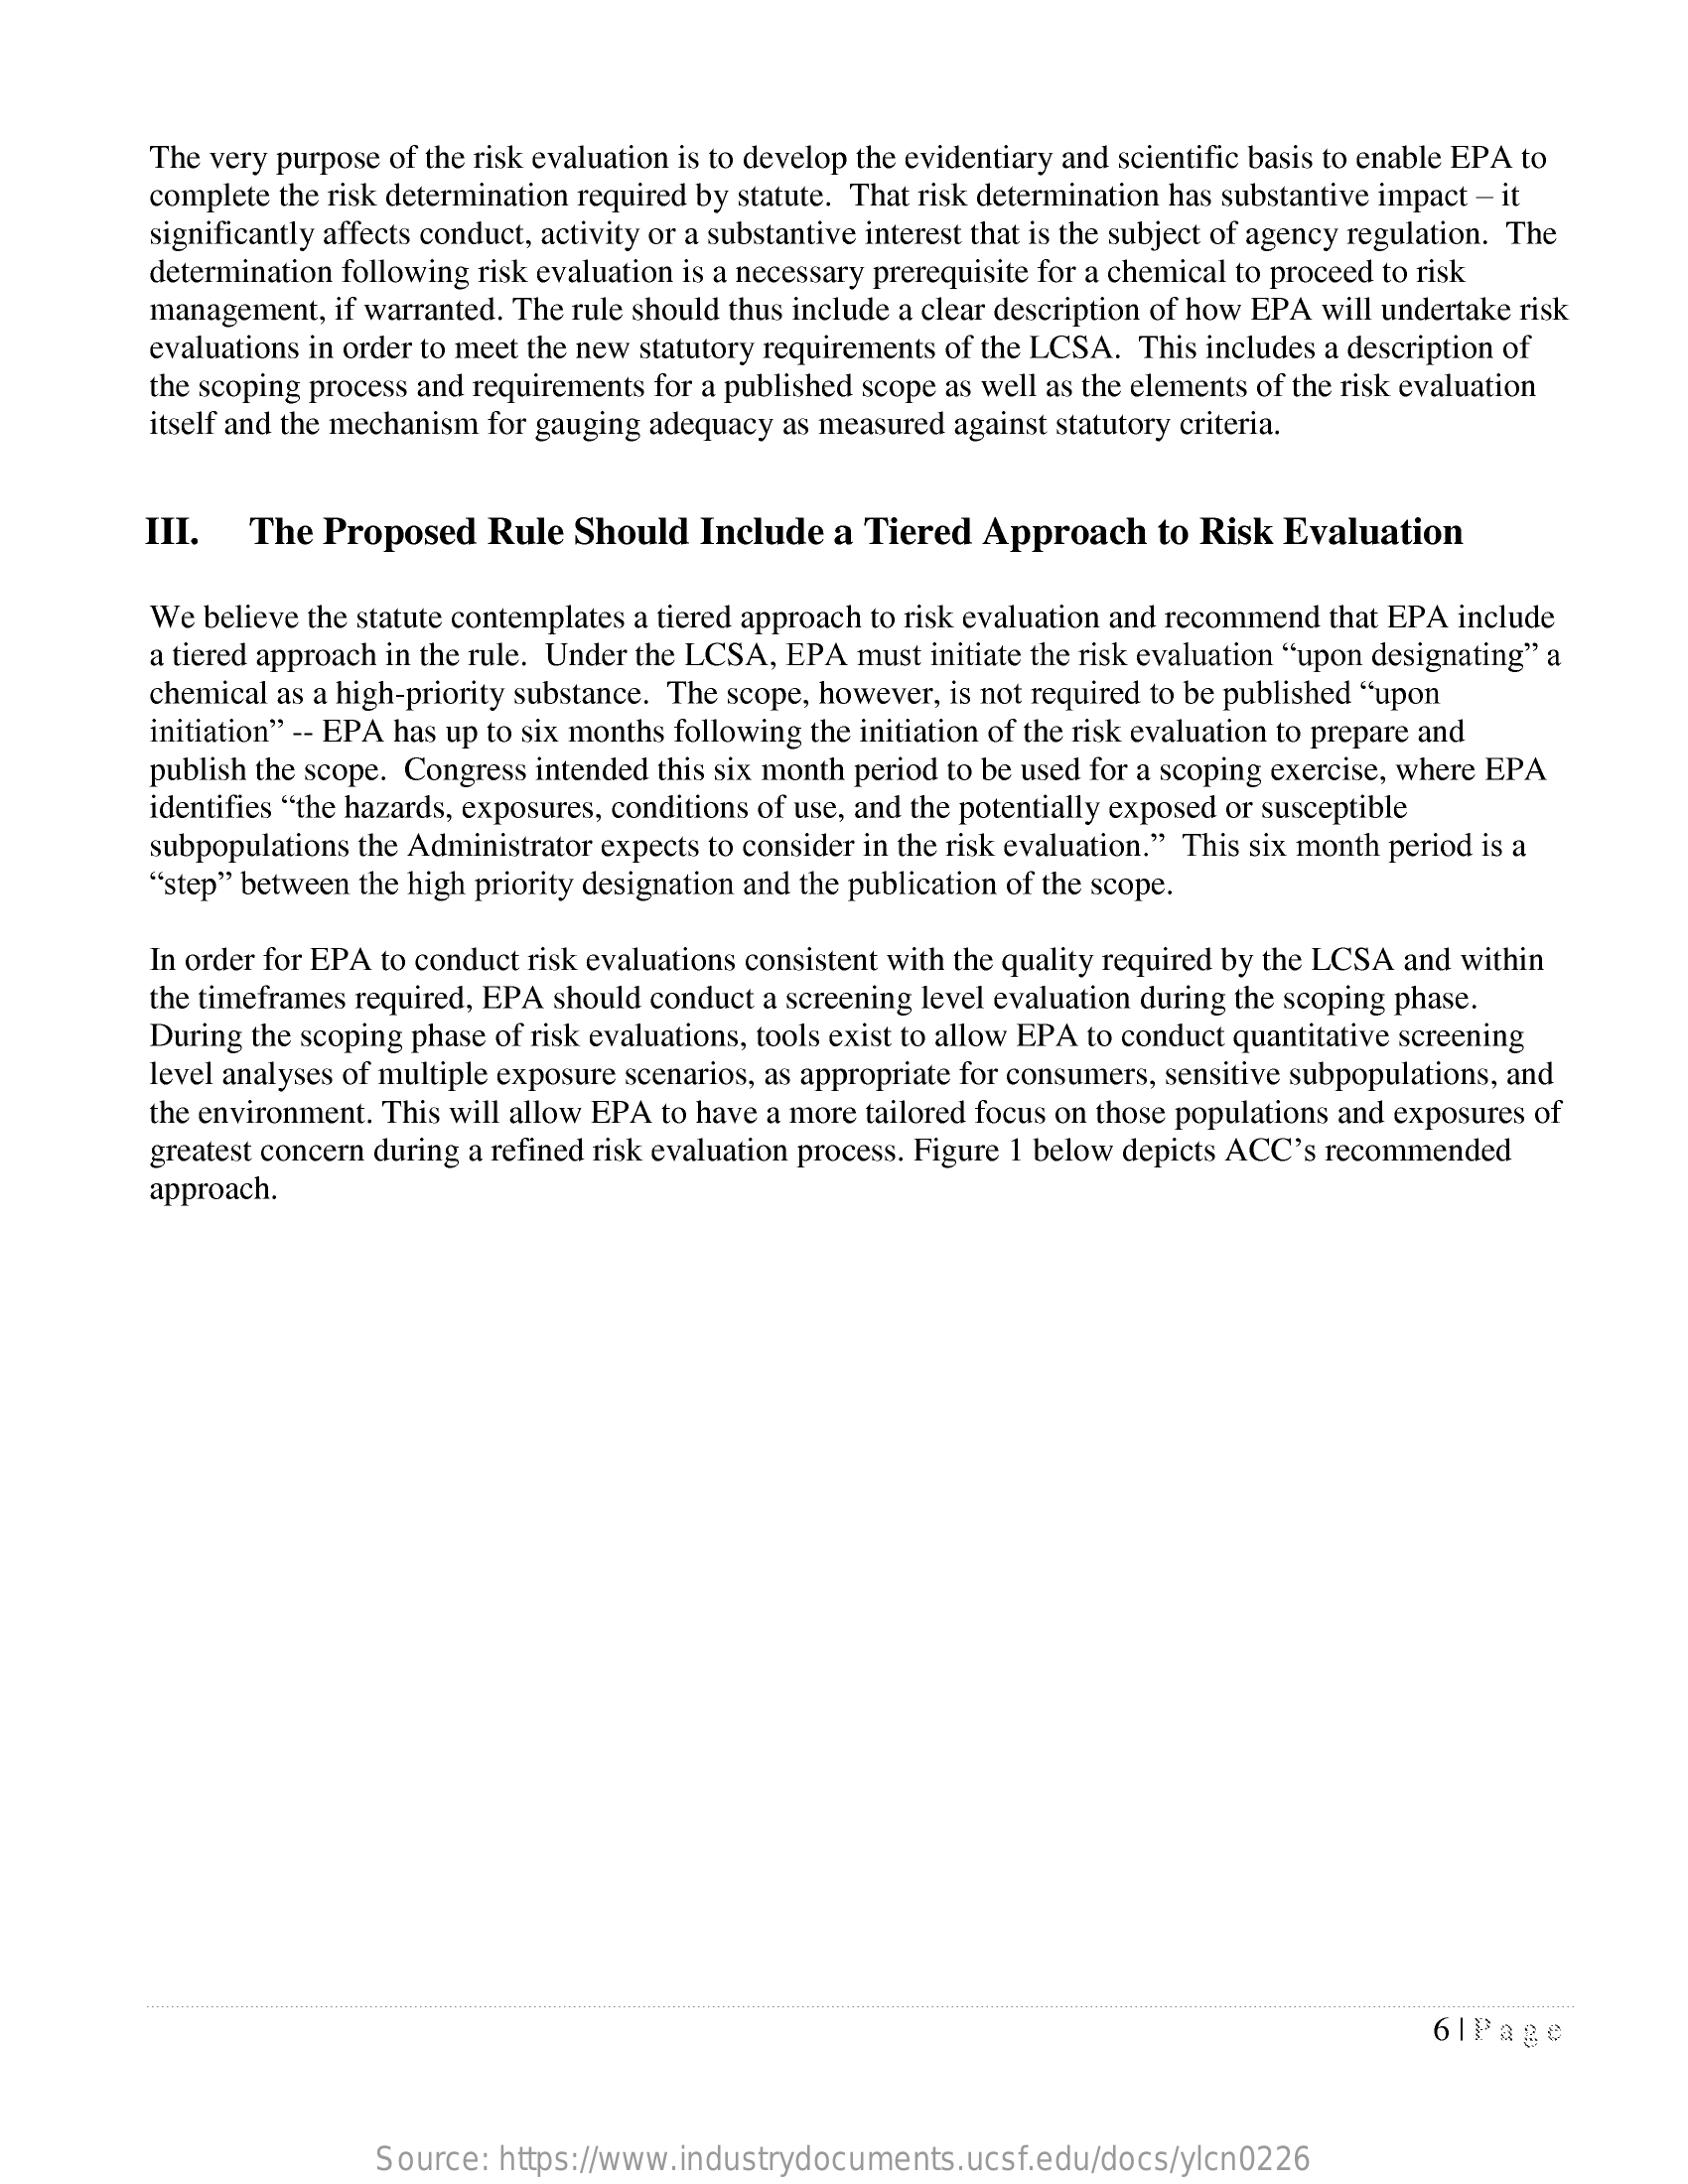
The very purpose of the risk evaluation is to develop the evidentiary and scientific basis to enable EPA to
     complete the risk determination required by statute. That risk determination has substantive impact - it
     significantly affects conduct, activity or a substantive interest that is the subject of agency regulation. The
     determination following risk evaluation is a necessary prerequisite for a chemical to proceed to risk
     management,  if warranted. The rule should thus include a clear description of how EPA will undertake risk
     evaluations in order to meet the new statutory requirements of the LCSA. This includes a description of
     the scoping process and requirements for a published scope as well as the elements of the risk evaluation
     itself and the mechanism for gauging adequacy as measured against statutory criteria.
     III.   The  Proposed   Rule  Should   Include  a Tiered  Approach    to Risk Evaluation
     We  believe the statute contemplates a tiered approach to risk evaluation and recommend that EPA include
     a tiered approach in the rule. Under the LCSA, EPA must initiate the risk evaluation "upon designating" a
     chemical as a high-priority substance. The scope, however, is not required to be published "upon
     initiation" -- EPA has up to six months following the initiation of the risk evaluation to prepare and
     publish the scope. Congress intended this six month period to be used for a scoping exercise, where EPA
     identifies "the hazards, exposures, conditions of use, and the potentially exposed or susceptible
     subpopulations the Administrator expects to consider in the risk evaluation." This six month period is a
     "step" between the high priority designation and the publication of the scope.
     In order for EPA to conduct risk evaluations consistent with the quality required by the LCSA and within
     the timeframes required, EPA should conduct a screening level evaluation during the scoping phase.
     During the scoping phase of risk evaluations, tools exist to allow EPA to conduct quantitative screening
     level analyses of multiple exposure scenarios, as appropriate for consumers, sensitive subpopulations, and
     the environment. This will allow EPA to have a more tailored focus on those populations and exposures of
     greatest concern during a refined risk evaluation process. Figure 1 below depicts ACC's recommended
     approach.
     6|Page
     Source:  https://www.industrydocuments.ucsf.edu/docs/ylcn0226